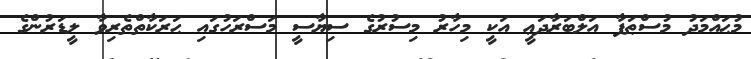
މުޙައްމަދު މުސްޠަފާ އަލްބަރާދަޢީ އަކީ މިހާރު މިސުރުގެ ސިޔާސީ މަސްރަހުގައި ޙަރަކާތްތެރިވާ ލީޑަރުންގެ